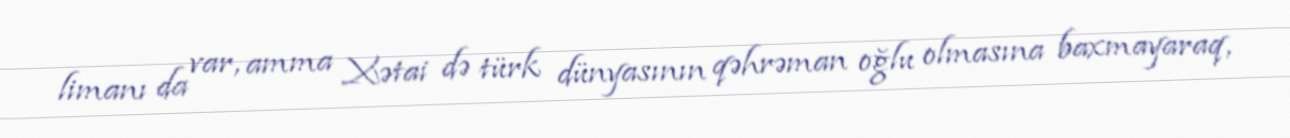
limanı da var, amma Xətai də türk dünyasının qəhrəman oğlu olmasına baxmayaraq,